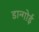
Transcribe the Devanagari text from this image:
डान्गोई